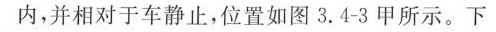
内，并相对于车静止，位置如图3.4-3甲所示。下